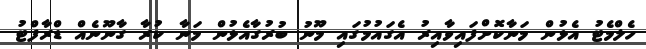
ހެލްމެޓު އެޅުން މަނާކޮށްފައިވާއިރު އެގައުމުގައި މޫނު ބުރުގާއެޅުން މަނާ ކުރާ ގާނޫނެއް ޑްރާފްޓު